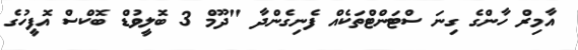
އާމިރް ހާންގެ ގިނަ ސްޓަންޓްތަކެއް ފެނިގެންދާ "ދޫމް 3 ބޮލީވުޑް ބޮކްސް އޮފީހުގެ